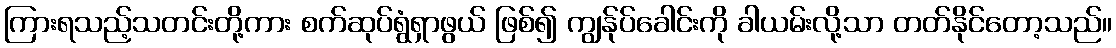
ကြားရသည့်သတင်းတို့ကား စက်ဆုပ်ရွံရှာဖွယ် ဖြစ်၍ ကျွန်ုပ်ခေါင်းကို ခါယမ်းလို့သာ တတ်နိုင်တော့သည်။